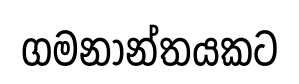
ගමනාන්තයකට